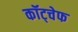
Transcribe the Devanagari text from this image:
कॉट्चेफ